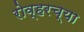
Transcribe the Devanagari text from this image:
रोव्हरच्या